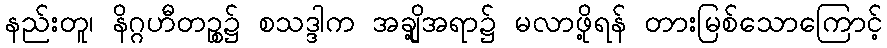
နည်းတူ၊ နိဂ္ဂဟီတဉ္စ၌ စသဒ္ဒါက အချို့အရာ၌ မလာဖို့ရန် တားမြစ်သောကြောင့်